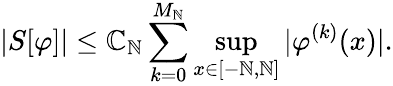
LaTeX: |S[\varphi]|\leq\mathbb{C}_{\mathbb{N}}\sum_{k=0}^{M_{\mathbb{N}}}\operatorname*{sup}_{x\in[-\mathbb{N},\mathbb{N}]}|\varphi^{(k)}(x)|.